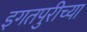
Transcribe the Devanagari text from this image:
इगतपुरीच्या